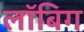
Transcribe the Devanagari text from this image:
लॉबिग